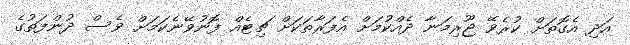
އަދި އެގޮތަށް ކުރެވޭ ޖޫރިމަނާ ދެއްކުމަށް އެފަރާތަކަށް ޗިޓެއް ފޮނުވޭނެކަމަށް ވެސް ދުންފަތުގެ